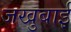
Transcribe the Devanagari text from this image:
जखुबाई